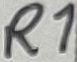
Text: R1